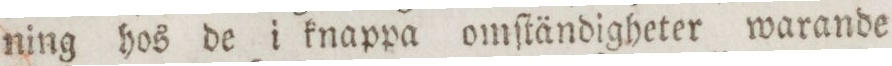
ning hos de i knappa omſtändigheter warande